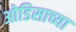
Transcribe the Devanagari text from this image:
ओडिसाच्या